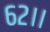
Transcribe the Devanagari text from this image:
६२।।